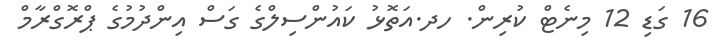
16 ގަޑި 12 މިނެޓް ކުރިން. ހދ.އަތޮޅު ކައުންސިލްގެ ގަސް އިންދުމުގެ ޕްރޮގްރާމް